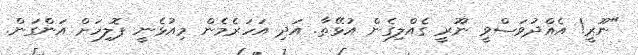
"ނޫރީ! އެއްދުވަސްވީ ނޫރީ ގެއްލިގެން އުޅޭތާ. އަދި އަހަރެމެން މިއުޅެނީ ޕޮލިހަށް އަންގަން.